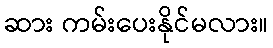
ဆား ကမ်းပေးနိုင်မလား။